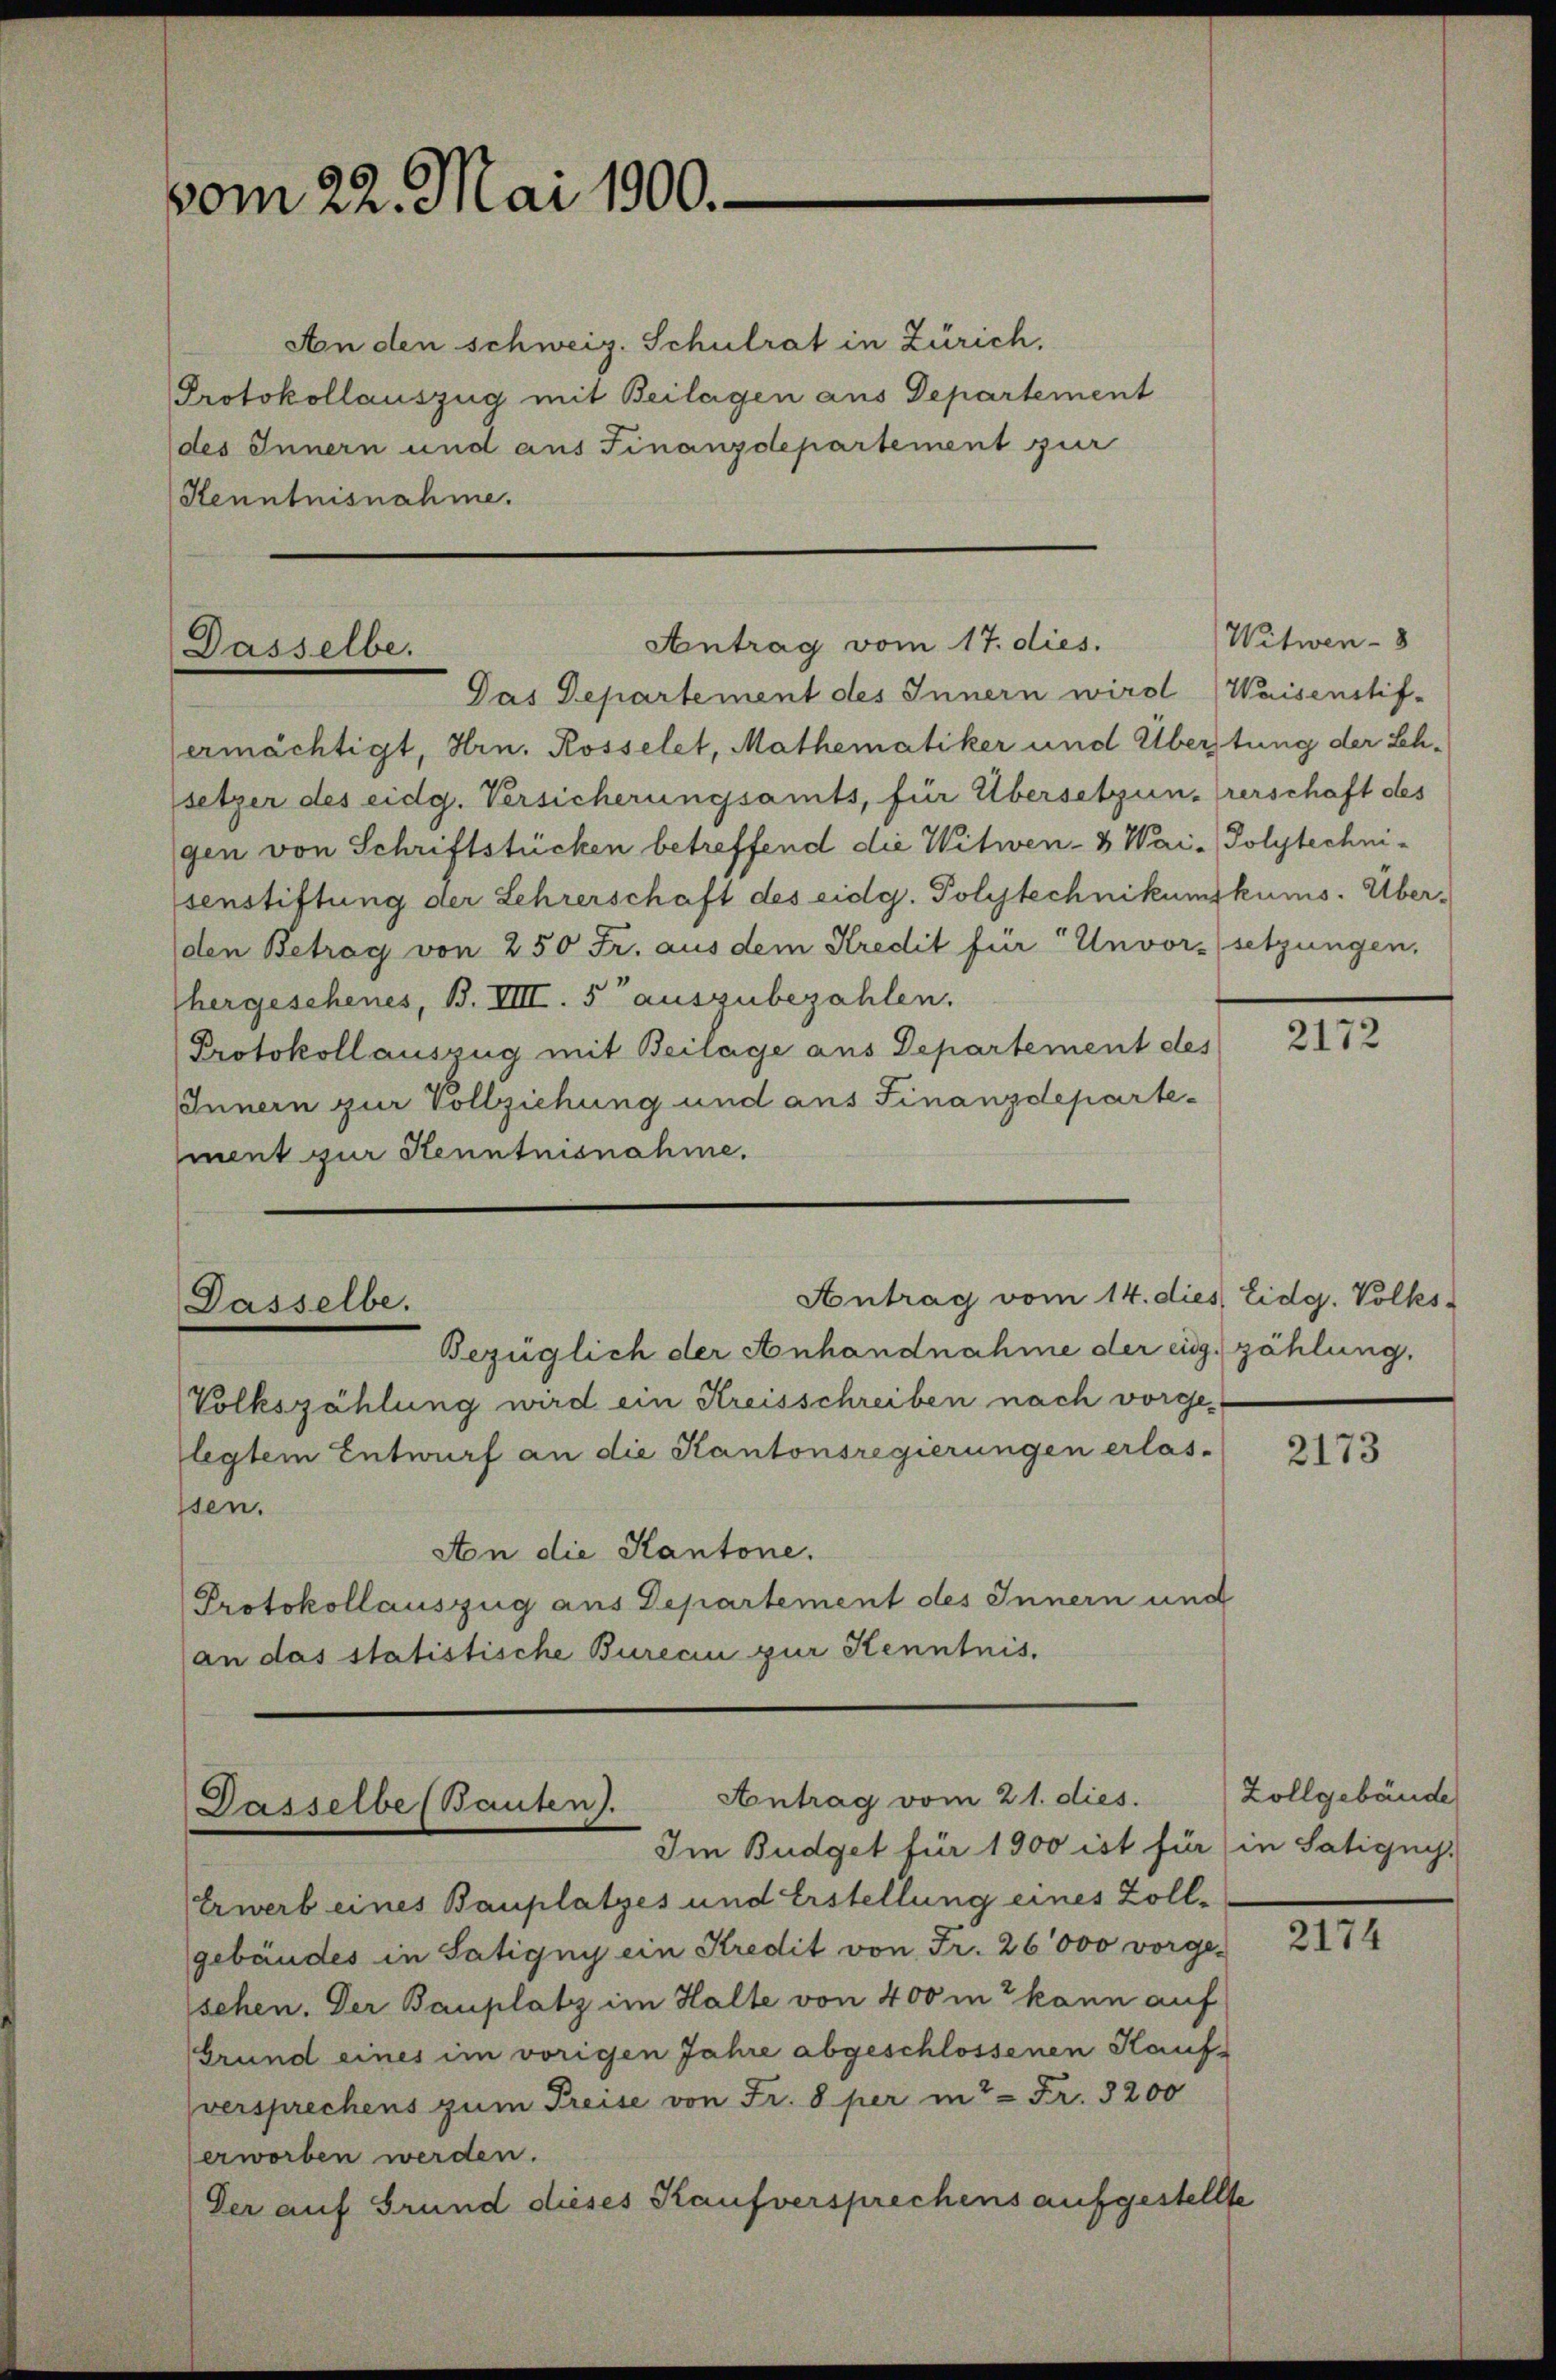
vom 22. Mai 1900.

An den schweiz. Schulrat in Zürich.
Protokollauszug mit Beilagen aus Departement
des Innern und aus Finanzdepartement zur
Kenntnisnahme.

Antrag vom 17. dies.
Dasselbe.
Das Departement des Innern wird (Waisenstif-

Antrag vom 14. dies, Eidg. Volks-
Dasselbe.
Bezüglich der Anhandnahme der eidg. zählung.

ermächtigt, Hrn. Rosselet, Mathematiker und Überstung der Schsetzer des eidg. Versicherungsamts, für Übersetzung verschaft des
gen von Schriftstücken betreffend die Witwen- & Wai- Polytechni-
senstiftung der Lehrerschaft des eidg. Polytechnikumskums. Überden Betrag von 250 Fr. aus dem Kredit für " Unvorsetzungen,
hergeschenes, B. VIII. 5 auszubezahlen.
Protokoll auszug mit Beilage aus Departement des
Innern zur Vollziehung und aus Finanzdepartement zur Kenntnisnahme.

Antrag vom 21. dies.
Dasselbe (Bauten).
Im Budget für 1900 ist für in Satigny.

Volkszählung wird ein Kreisschreiben nach vorgelegtem Entwurf an die Kantonsregierungen erlas-
ssen.
An die Kantone.
Protokollauszug aus Departement des Innern und
(an das statistische Burecin zur Kenntnis.

Erwerb eines Bauplatzes und Erstellung eines Zollgebäudes in Satigny ein Kredit von Fr. 26000 vorgesehen. Der Bauplatz im Halte von 400 in kann auf
(Grund eines im vorigen Jahre abgeschlossenen Kauf-
versprechens zum Preise von Fr. 8 per in = Fr. 3200
erworben werden.
Der auf Grund dieses Kaufversprechens aufgestellte

Witwen- 8

2172

2173

Zollgebäude

2174